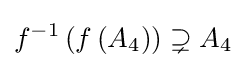
f^{-1}\left(f\left(A_{4}\right)\right)\supsetneq A_{4}